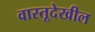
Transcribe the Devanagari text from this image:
वास्तूदेखील